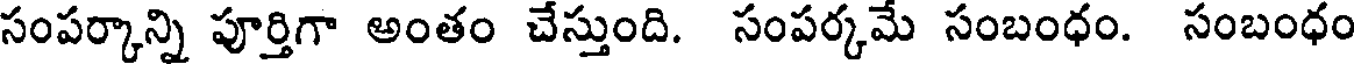
సంపర్కాన్ని పూర్తిగా అంతం చేస్తుంది. సంపర్కమే సంబంధం. సంబంధం